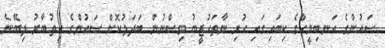
ސައުންގެ އަނބިމީހާގެ ކިބައިގައި ހުރި ނާތަހުޒީބު ވިސްނުން ބަދަލުކޮށް ސައުންގެ އިތުބާރު ލިބޭނެ